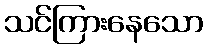
သင်ကြားနေသော